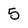
Character: 5